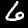
Label: 6